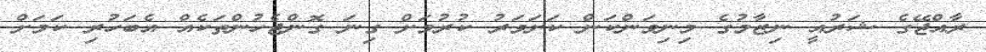
ރާއްޖޭގެ ޝަރުއީ ނިޒާމުގެ މިނިވަންކަން ކަށަވަރު ކުރުމަށް ގިނަ ގޮންޖެހުންތަކެއް އެބަހުރި ކަމަށް